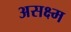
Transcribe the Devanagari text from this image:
असक्ष्म